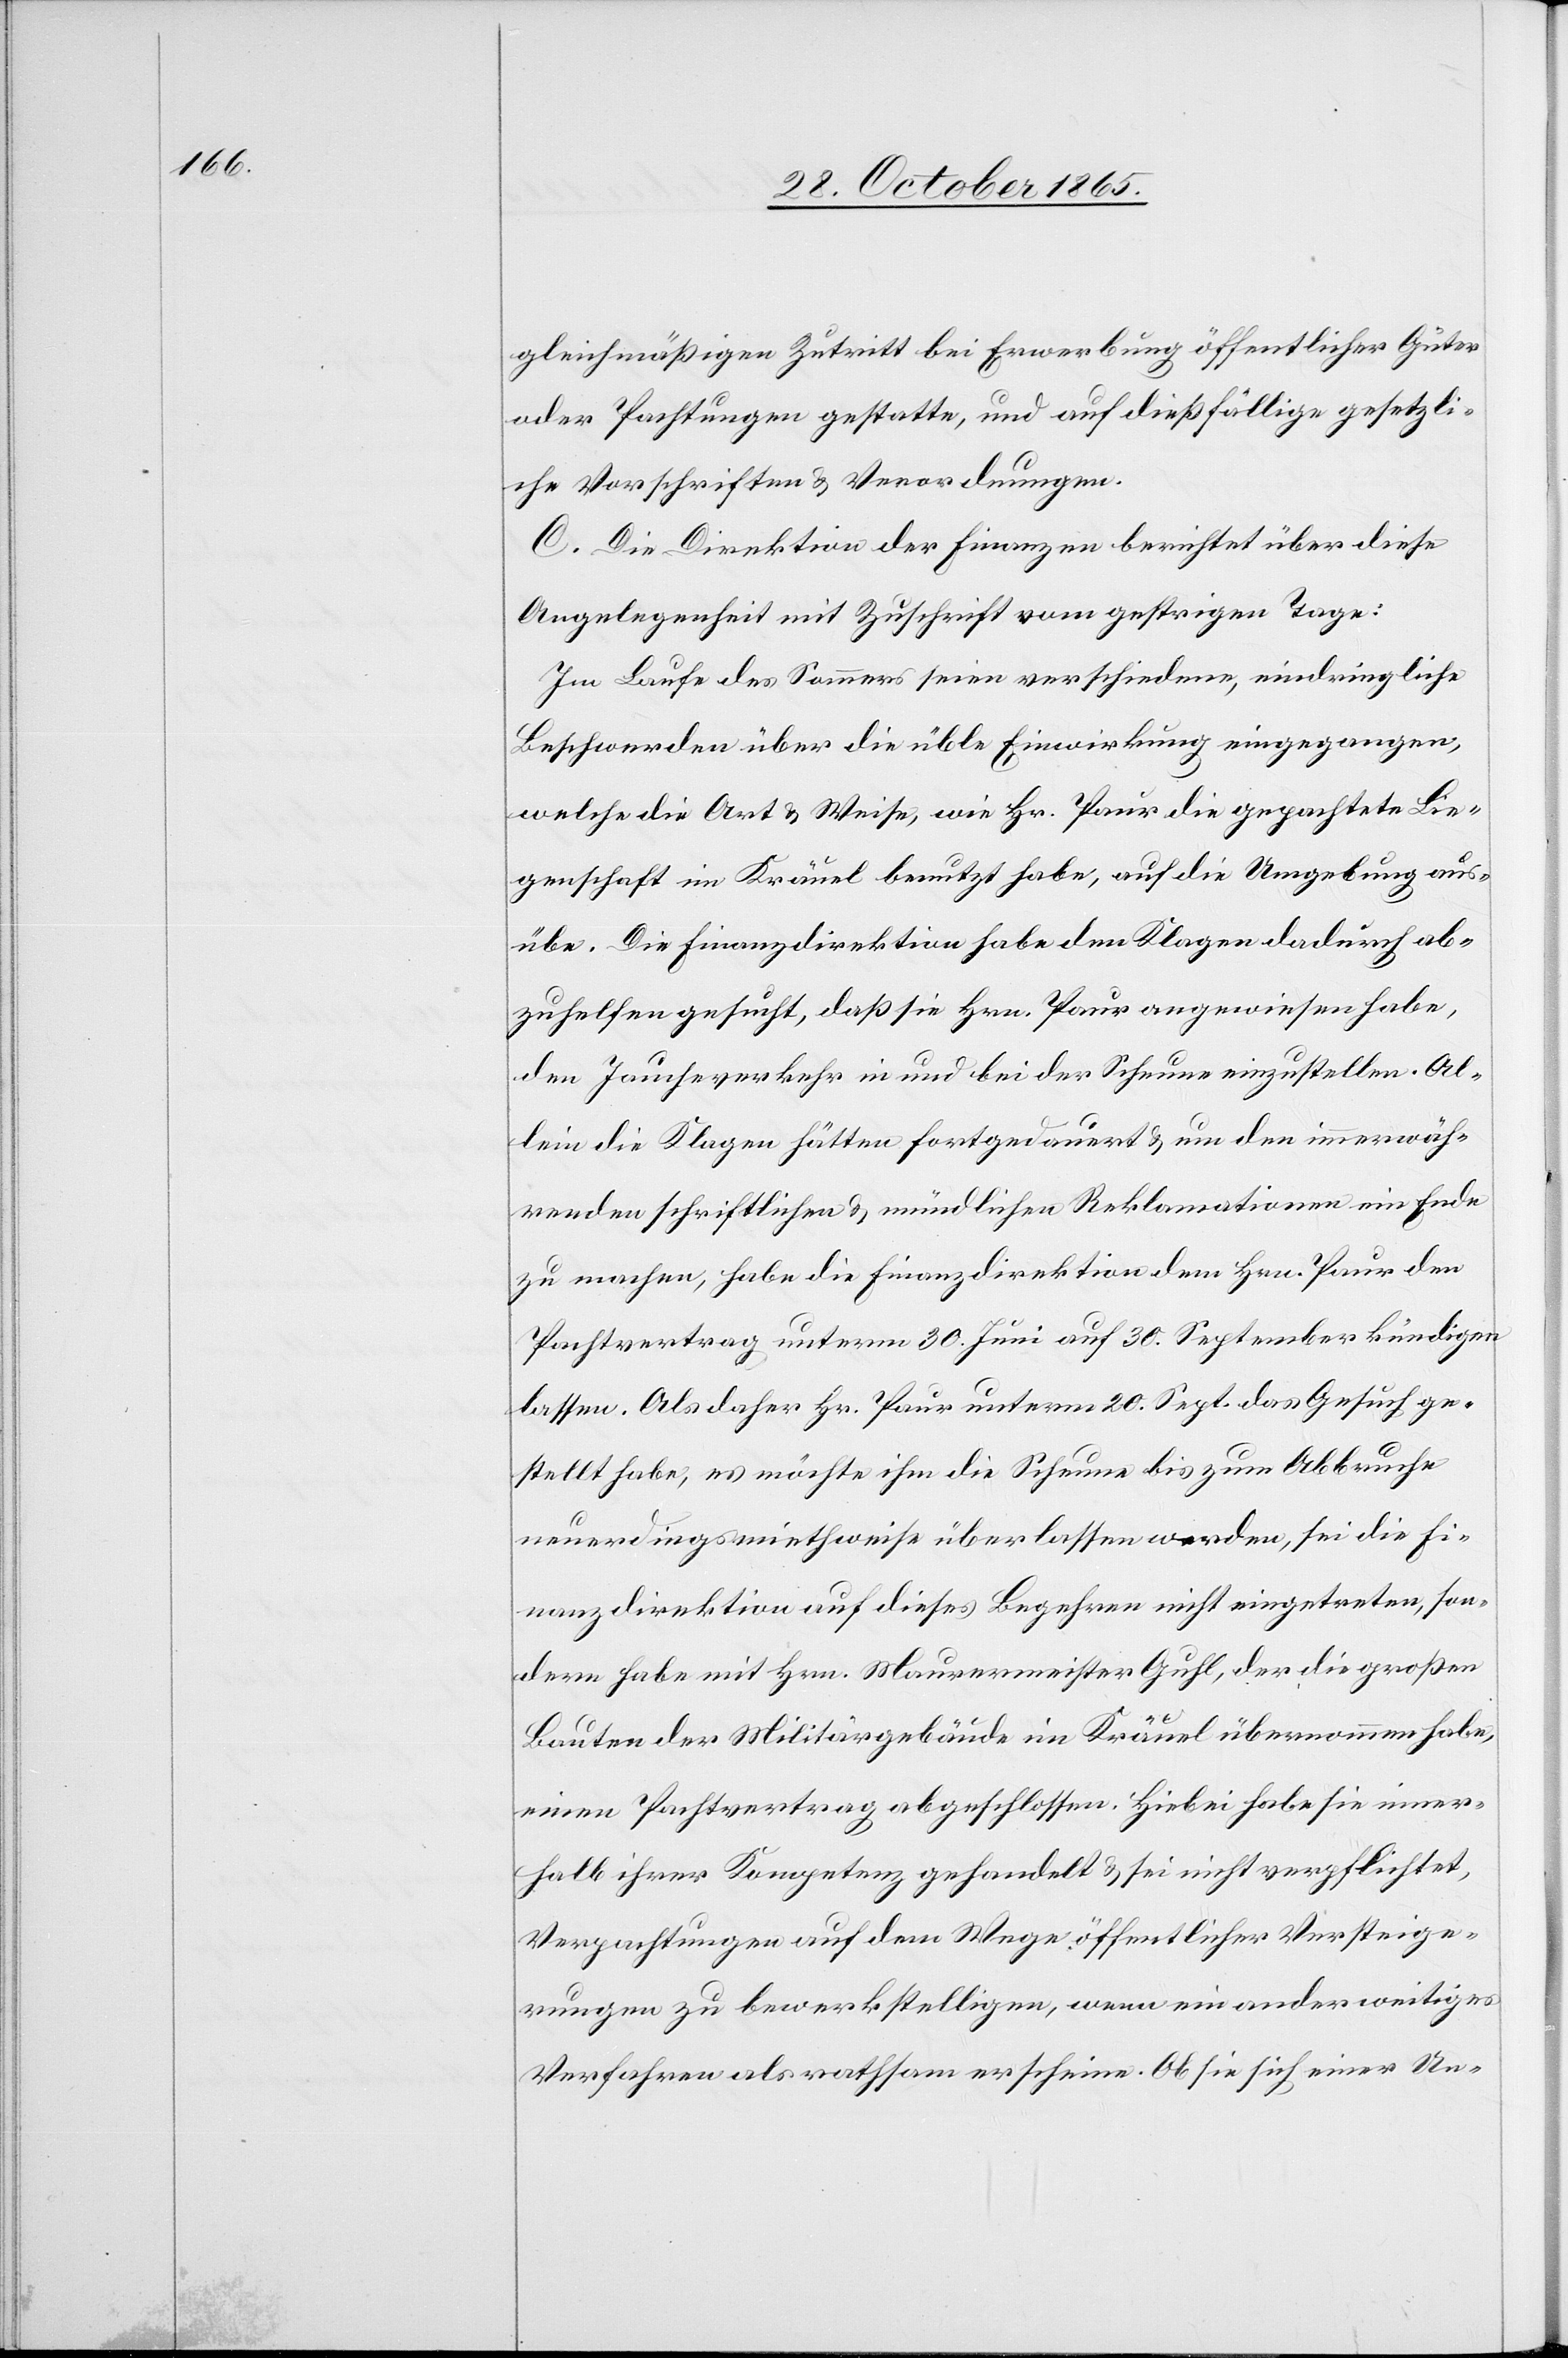
gleichmäßigen Zutritt bei Erwerbung öffentlicher Güter
oder Pachtungen gestatte, und auf dießfällige gesetzli¬
che Vorschriften & Verordnungen.
C. Die Direktion der Finanzen berichtet über diese
Angelegenheit mit Zuschrift vom gestrigen Tage:
Im Laufe des Sommers seien verschiedene, eindringliche
Beschwerden über die üble Einwirkung eingegangen,
welche die Art & Weise, wie Hr. Paur die gepachtete Lie¬
genschaft im Kräuel benutzt habe, auf die Umgebung aus¬
übe. Die Finanzdirektion habe den Klagen dadurch ab¬
zuhelfen gesucht, daß sie Hrn. Paur angewiesen habe,
den Jaucheverkehr in und bei der Scheune einzustellen. Al¬
lein die Klagen hätten fortgedauert & um den immerwäh¬
renden schriftlichen & mündlichen Reklamationen ein Ende
zu machen, habe die Finanzdirektion dem Hrn. Paur den
Pachtvertrag unterm 30. Juni auf 30. September kündigen
lassen. Als daher Hr. Paur unterm 20. Sept. das Gesuch ge¬
stellt habe, es möchte ihm die Scheune bis zum Abbruche
neuerdings miethweise überlassen werden, sei die Fi¬
nanzdirektion auf dieses Begehren nicht eingetreten, son¬
dern habe mit Hrn. Maurermeister Guhl, der die großen
Bauten der Militärgebäude im Kräuel übernommen habe,
einen Pachtvertrag abgeschlossen. Hiebei habe sie inner¬
halb ihrer Kompetenz gehandelt & sei nicht verpflichtet,
Verpachtungen auf dem Wege öffentlicher Versteige¬
rungen zu bewerkstelligen, wenn ein anderweitiges
Verfahren als rathsam erscheine. Ob sie sich einer Un-